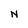
Character: N